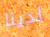
لدينا